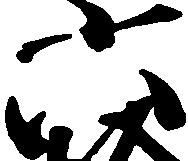
六